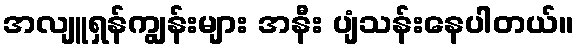
အလျူရှန်ကျွန်းများ အနီး ပျံသန်းနေပါတယ်။